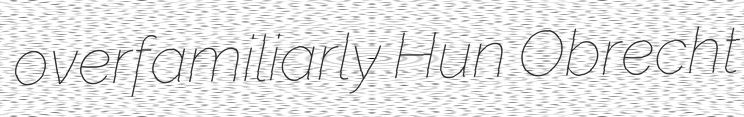
overfamiliarly Hun Obrecht